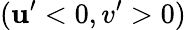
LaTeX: (\mathbf{u}^{\prime}<0,v^{\prime}>0)